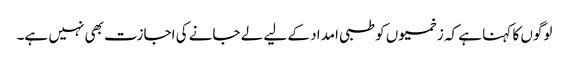
لوگوں کا کہنا ہے کہ زخمیوں کو طبی امداد کے لیے لے جانے کی اجازت بھی نہیں ہے۔